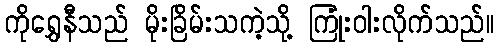
ကိုရွှေနီသည် မိုးခြိမ်းသကဲ့သို့ ကြုံးဝါးလိုက်သည်။